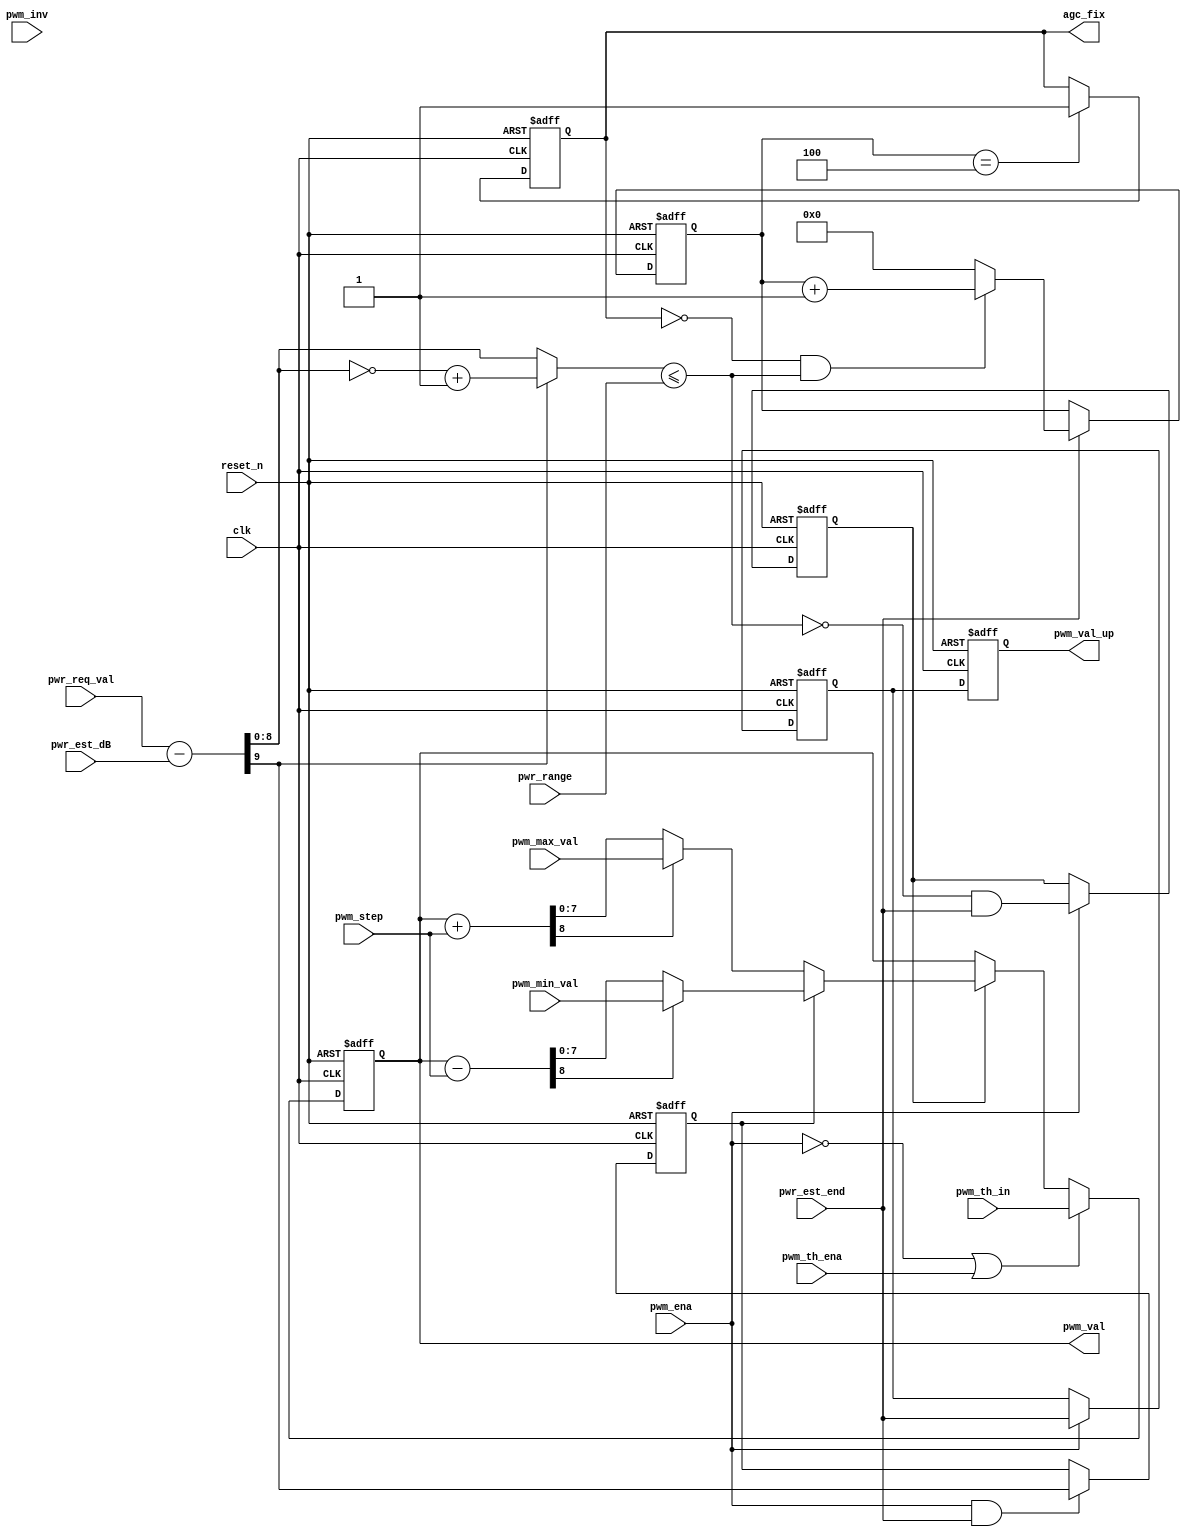
module pwm_gen(
    clk,
    reset_n,
    pwr_req_val,
    pwr_est_dB,
    pwr_range,
    pwr_est_end,
    pwm_step,
    pwm_ena,
    pwm_inv,
    pwm_th_ena,
    pwm_th_in,
    agc_fix,
    pwm_max_val,
    pwm_min_val,
    pwm_val,
    pwm_val_up
);

input                clk        ;
input                reset_n    ;
input  [8:0]         pwr_req_val;
input  [8:0]         pwr_est_dB ;
input  [7:0]         pwr_range  ;
input                pwr_est_end;

input  [1:0]         pwm_step   ;
input                pwm_ena    ;
input                pwm_inv    ;
input                pwm_th_ena ;
input  [7:0]         pwm_th_in  ; // pwm value 128 step
input  [7:0]         pwm_max_val;
input  [7:0]         pwm_min_val;
output [7:0]         pwm_val    ;
output               pwm_val_up ;
output               agc_fix    ;

reg                  pwm_dir    ;
reg                  pwm_adj_en ;
reg                  pwr_est_d1 ;
reg    [7:0]         pwm_val    ;
reg                  pwm_val_up ;
reg    [3:0]         pwr_cnt    ;
reg                  agc_fix    ;

wire   [9:0]         delta_dB   ;
wire   [8:0]         abs_delta_dB;
wire                 dB_in_range;
wire   [8:0]         pwm_val_add_tmp;
wire   [8:0]         pwm_val_sub_tmp;
wire   [7:0]         pwm_val_add;
wire   [7:0]         pwm_val_sub;

assign delta_dB = {1'b0,pwr_req_val} - {1'b0,pwr_est_dB};
assign abs_delta_dB = delta_dB[9] ? (~delta_dB[8:0] + 1'b1):delta_dB[8:0];
assign dB_in_range = abs_delta_dB <= {1'b0, pwr_range }; // 9'b000000_101; // 0.625dB
assign pwm_val_add_tmp = {1'b0, pwm_val} + pwm_step ;
assign pwm_val_sub_tmp = {1'b0, pwm_val} - pwm_step ;
assign pwm_val_add =  pwm_val_add_tmp[8] ? pwm_max_val : pwm_val_add_tmp[7:0];
assign pwm_val_sub =  pwm_val_sub_tmp[8] ? pwm_min_val : pwm_val_sub_tmp[7:0];

always @ (posedge clk or negedge reset_n)
begin : pwm_dir_r
    if(!reset_n)
        pwm_dir <= #1 1'b0;
    else if(pwm_ena & pwr_est_end)
	pwm_dir <= #1 delta_dB[9];
end

always @ (posedge clk or negedge reset_n)
begin : pwr_cnt_r
    if(!reset_n)
        pwr_cnt <= #1 4'h0;
    else if(pwr_est_end)
    begin
        if(!agc_fix & dB_in_range)
        pwr_cnt <= #1 pwr_cnt + 1'b1;
        else
        pwr_cnt <= #1 4'h0;		
    end
end	    

always @ (posedge clk or negedge reset_n)
begin : agc_fix_r
    if(!reset_n)
        agc_fix <= #1 1'b0;
    else if(pwr_cnt == 4'h4)
        agc_fix <= #1 1'b1;	    
end	    

always @ (posedge clk or negedge reset_n)
begin : pwm_adj_en_r	
    if(!reset_n)
        pwm_adj_en <= #1 1'b0;
    else if(pwm_ena)
        pwm_adj_en <= #1 (!dB_in_range) & pwr_est_end;
end

always @ (posedge clk or negedge reset_n)
begin : pwm_est_end_d
    if(!reset_n)
        pwr_est_d1 <= #1 1'b0;
    else if(pwm_ena)
	pwr_est_d1 <= #1 pwr_est_end;
end

always @ (posedge clk or negedge reset_n)
begin : pwm_up_r
    if(!reset_n)
        pwm_val_up <= #1 1'b0;
    else 
	pwm_val_up <= #1 pwr_est_d1;
end

always @ (posedge clk or negedge reset_n)
begin : pwm_val_r
    if(!reset_n)	
        pwm_val <= #1 8'h0;
    else if(!pwm_ena | pwm_th_ena)
	pwm_val <= #1 pwm_th_in;
    else if(pwm_adj_en)
        pwm_val <= #1 pwm_dir ? pwm_val_sub : pwm_val_add; 
end


endmodule